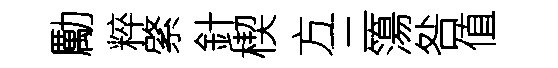
勵粹綮針楔方三簜咎值